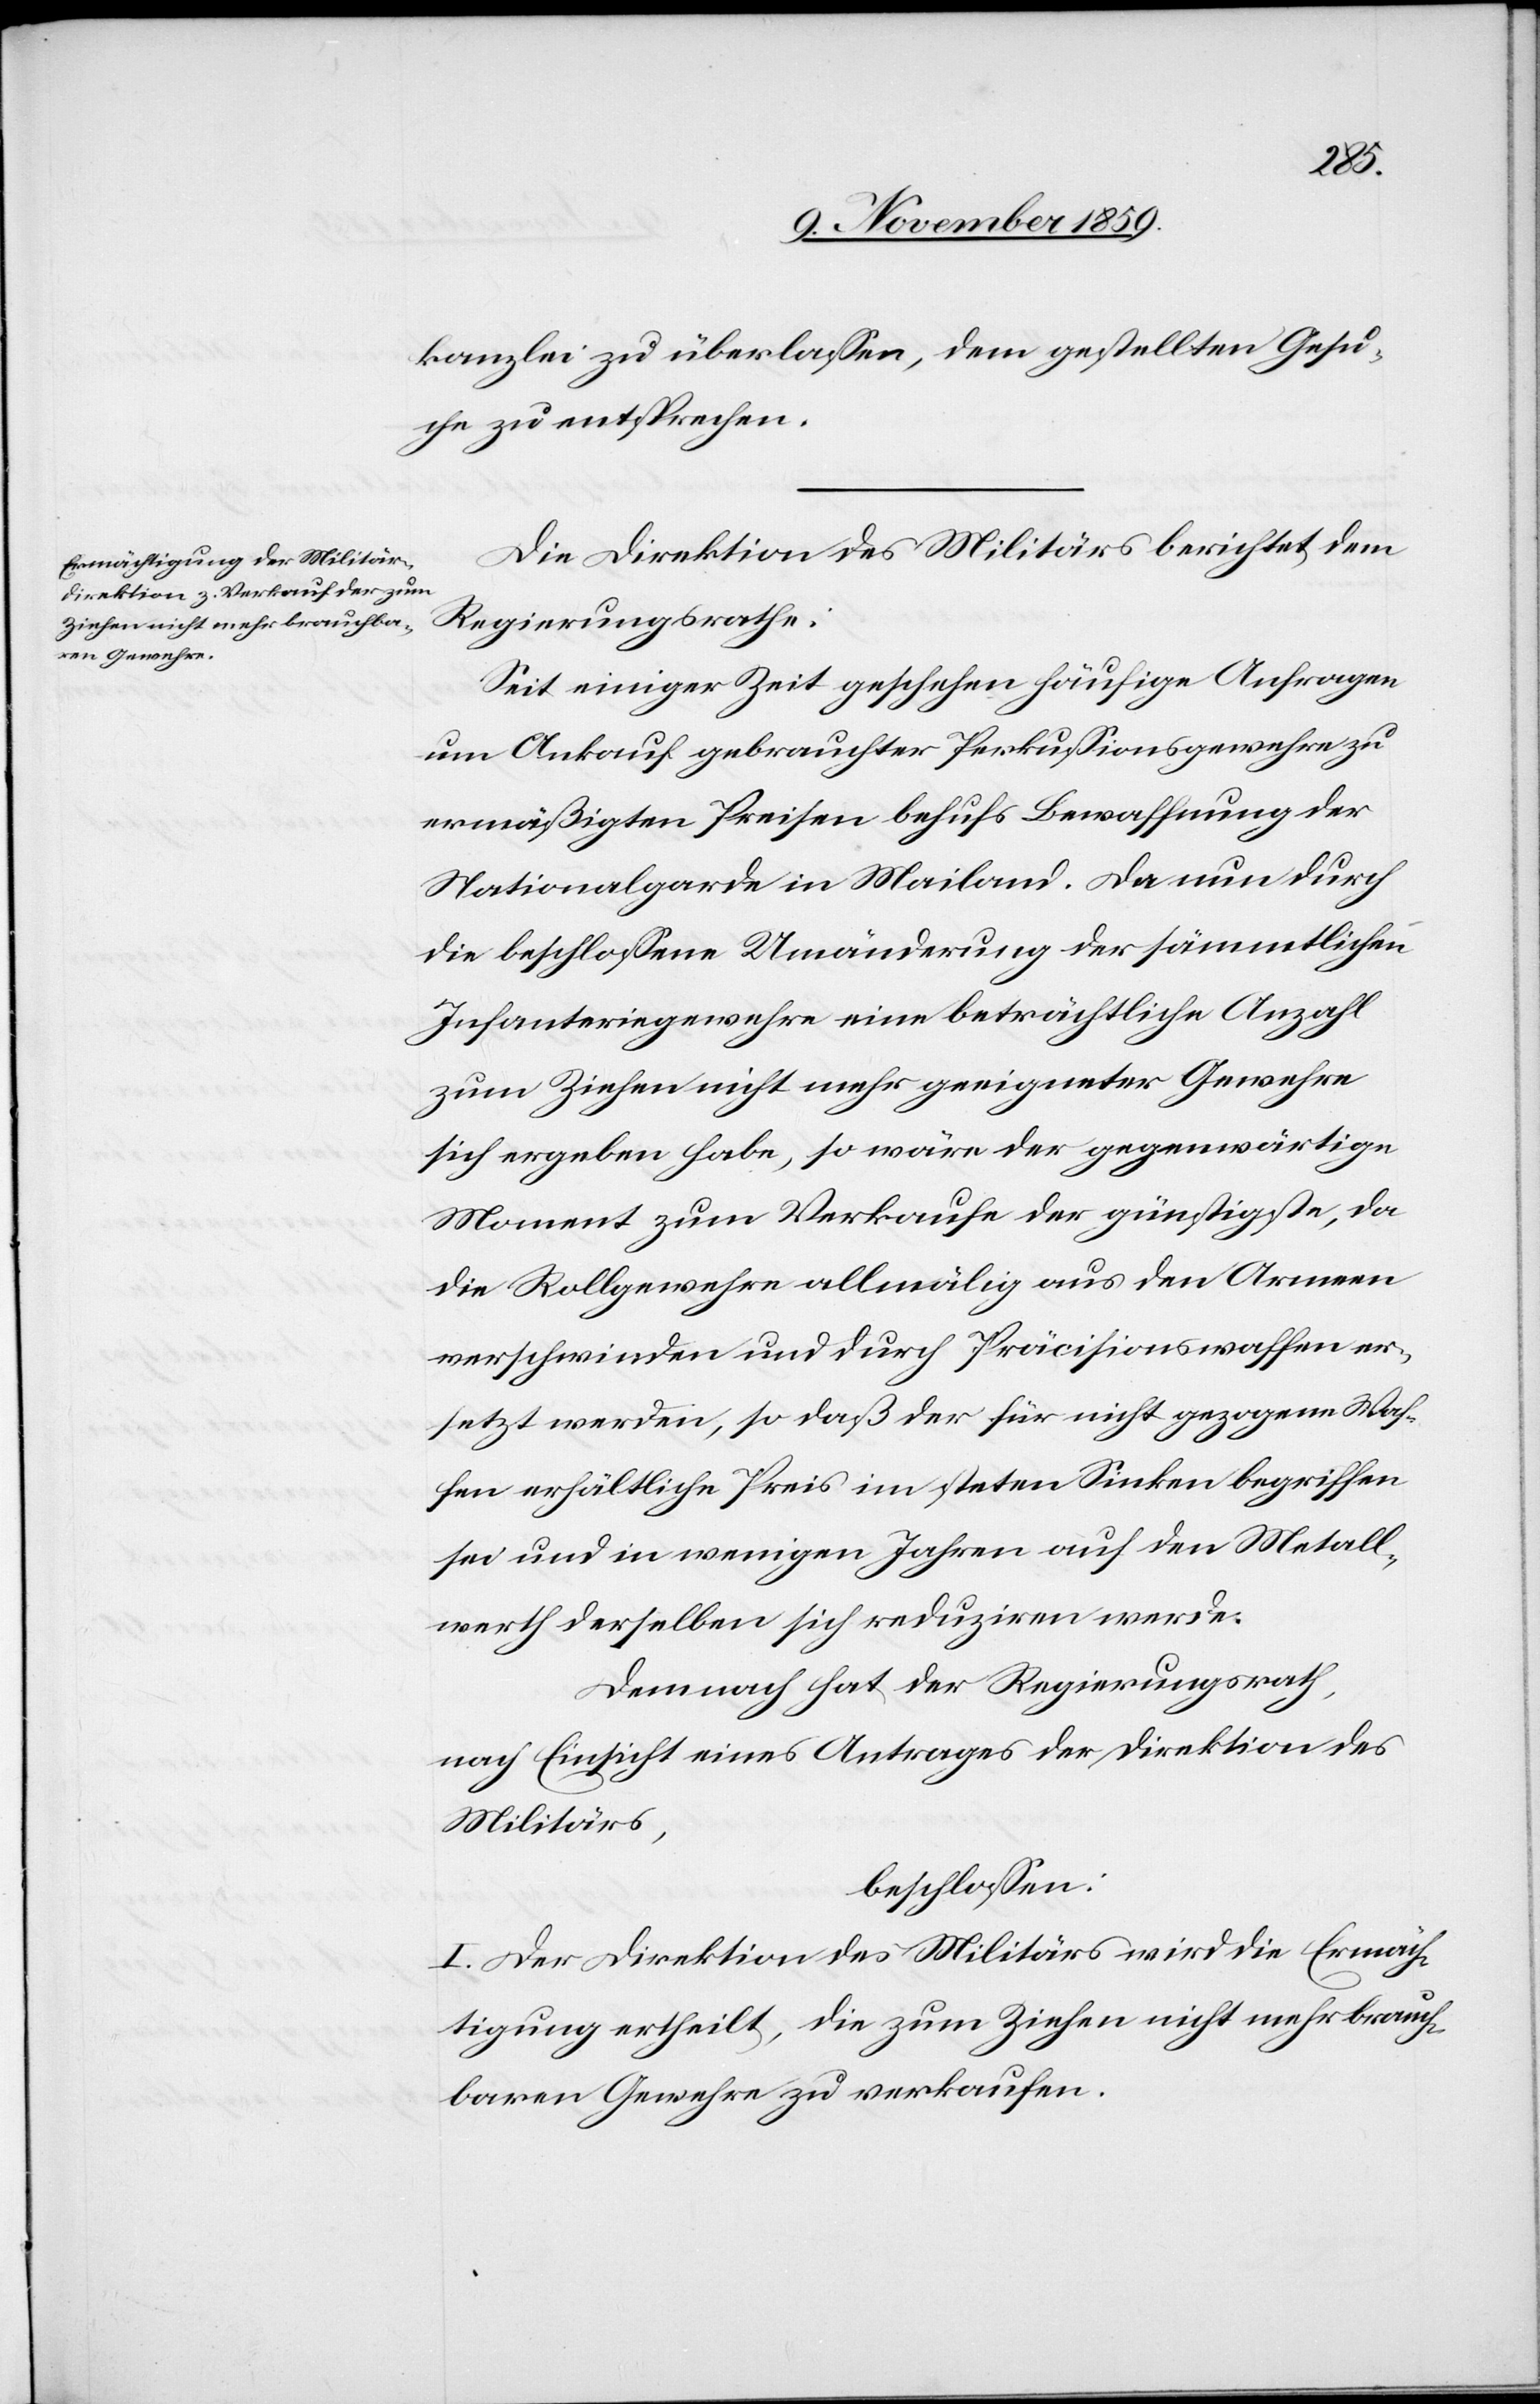
kanzlei zu überlassen, dem gestellten Gesu¬
che zu entsprechen.
Die Direktion des Militärs berichtet dem
Regierungsrathe:
Seit einiger Zeit geschehen häufige Anfragen
um Ankauf gebrauchter Perkussionsgewehre zu
ermäßigten Preisen behufs Bewaffnung der
Nationalgarde in Mailand. Da nun durch
die beschlossene Umänderung der sämmtlichen
Infanteriegewehre eine beträchtliche Anzahl
zum Ziehen nicht mehr geeigneter Gewehre
sich ergeben habe, so wäre der gegenwärtige
Moment zum Verkaufe der günstigste, da
die Rollgewehre allmälig aus den Armeen
verschwinden und durch Präcisionswaffen er¬
setzt werden, so daß der für nicht gezogene Waf¬
fen erhältliche Preis im steten Sinken begriffen
sei und in wenigen Jahren auf den Metall¬
werth derselben sich reduziren werde.
Demnach hat der Regierungsrath,
nach Einsicht eines Antrages der Direktion des
Militärs,
beschlossen:
I. Der Direktion des Militärs wird die Ermäch¬
tigung ertheilt, die zum Ziehen nicht mehr brauch¬
baren Gewehre zu verkaufen.